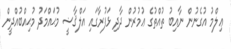
ޢިލްމު އުގެނުން ނާއިބު ތުއްތުގެ ޢުމުރުން ދާދި ޅަފުރާގައި އަލްޤާޟީ މުޙައްމަދު މުޙިއްބުއްދީން